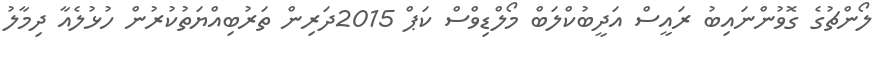
ލޯންޗުގެ ގޮވުންނައިބު ރައީސް އަދީބުކްލަބް މޯލްޑިވްސް ކަޕް 2015ދަރިން ތަރުބިއްޔަތުކުރުން ހުޅުލެއާ ދިމާލު